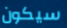
سيكون